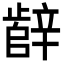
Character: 辪